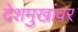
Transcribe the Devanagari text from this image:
देशमुखांवर